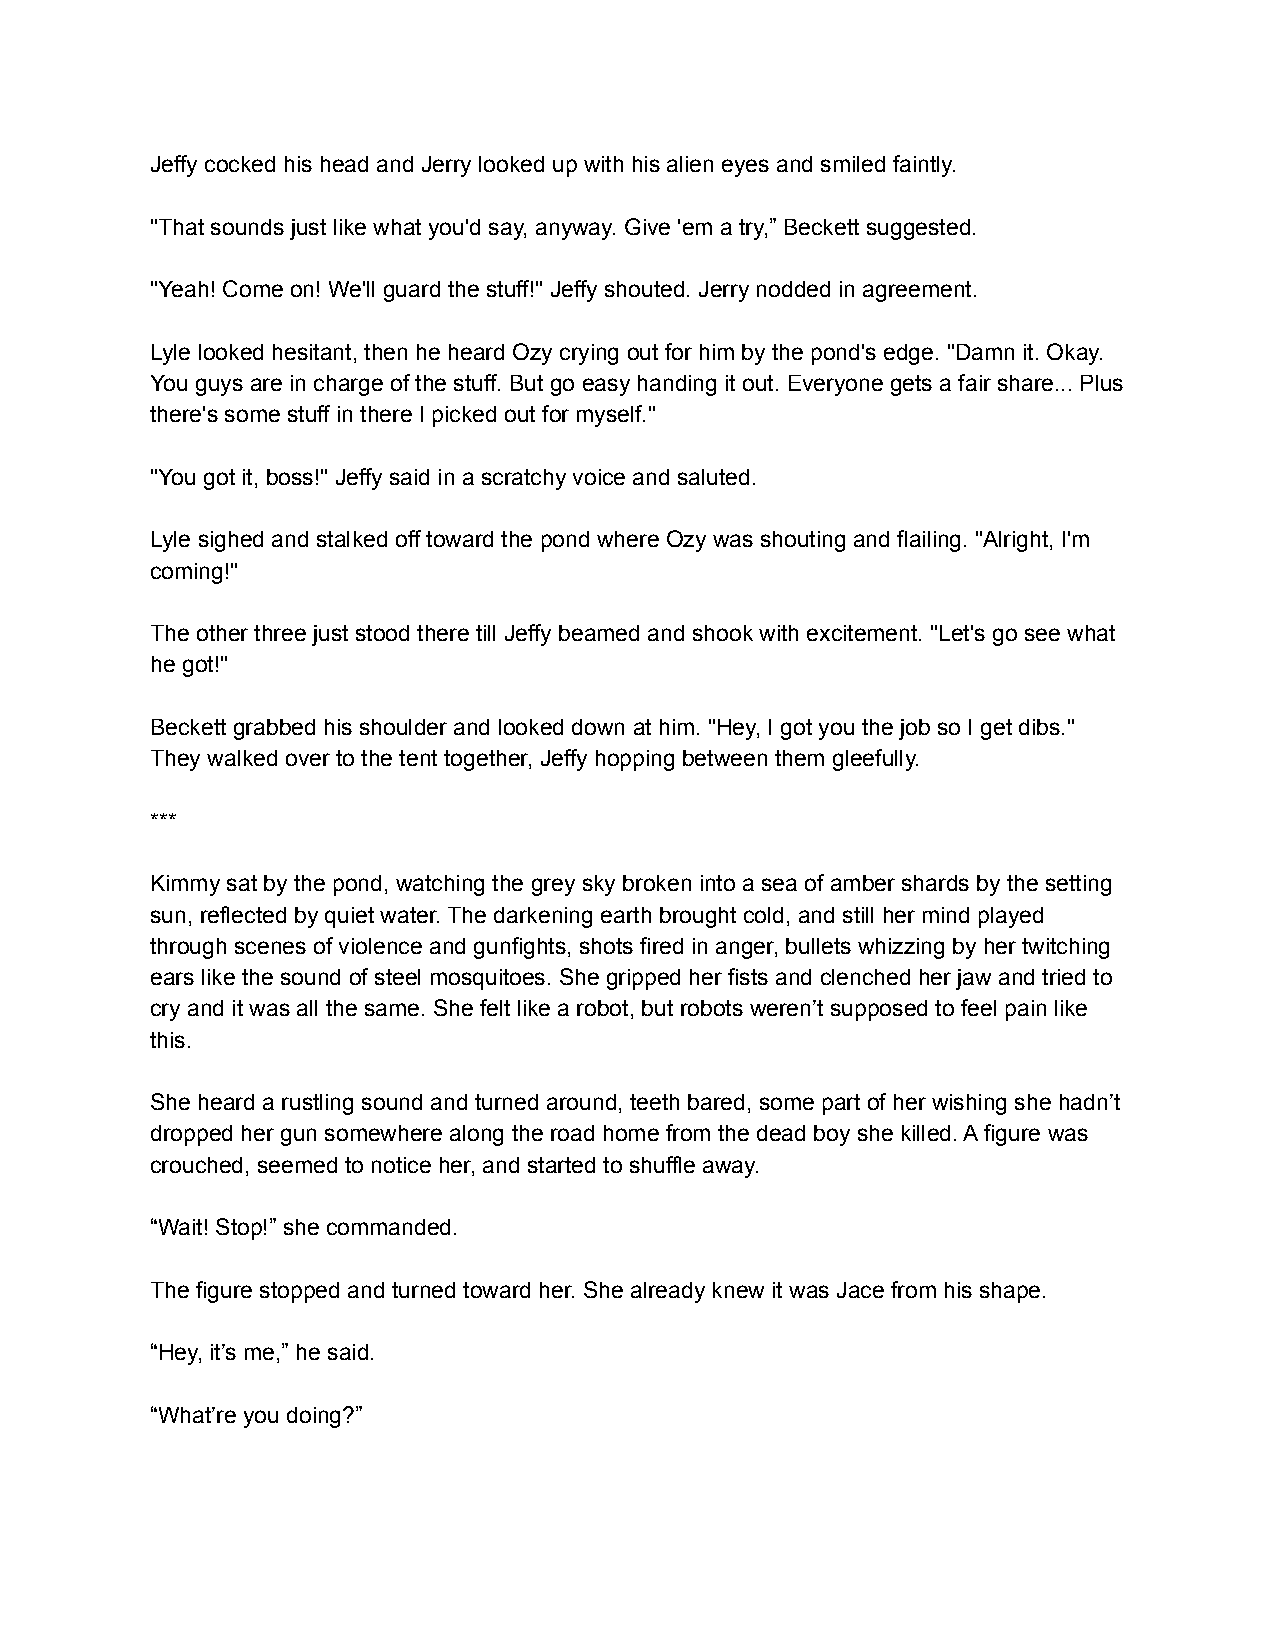
Jeffy cocked his head and Jerry looked up with his alien eyes and smiled faintly.
 "That sounds just like what you'd say, anyway. Give 'em a try,” Beckett suggested.
 "Yeah! Come on! We'll guard the stuff!" Jeffy shouted. Jerry nodded in agreement.
 Lyle looked hesitant, then he heard Ozy crying out for him by the pond's edge. "Damn it. Okay.
 You guys are in charge of the stuff. But go easy handing it out. Everyone gets a fair share... Plus
 there's some stuff in there I picked out for myself."
 "You got it, boss!" Jeffy said in a scratchy voice and saluted.
 Lyle sighed and stalked off toward the pond where Ozy was shouting and flailing. "Alright, I'm
 coming!"
 The other three just stood there till Jeffy beamed and shook with excitement. "Let's go see what
 he got!"
 Beckett grabbed his shoulder and looked down at him. "Hey, I got you the job so I get dibs."
 They walked over to the tent together, Jeffy hopping between them gleefully.
 ***
 Kimmy sat by the pond, watching the grey sky broken into a sea of amber shards by the setting
 sun, reflected by quiet water. The darkening earth brought cold, and still her mind played
 through scenes of violence and gunfights, shots fired in anger, bullets whizzing by her twitching
 ears like the sound of steel mosquitoes. She gripped her fists and clenched her jaw and tried to
 cry and it was all the same. She felt like a robot, but robots weren’t supposed to feel pain like
 this.
 She heard a rustling sound and turned around, teeth bared, some part of her wishing she hadn’t
 dropped her gun somewhere along the road home from the dead boy she killed. A figure was
 crouched, seemed to notice her, and started to shuffle away.
 “Wait! Stop!” she commanded.
 The figure stopped and turned toward her. She already knew it was Jace from his shape.
 “Hey, it’s me,” he said.
 “What’re you doing?”